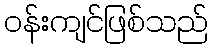
ဝန်းကျင်ဖြစ်သည်